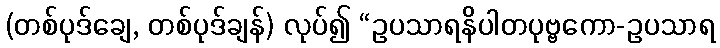
(တစ်ပုဒ်ချေ, တစ်ပုဒ်ချန်) လုပ်၍ “ဥပသာရနိပါတပုဗ္ဗကော-ဥပသာရ